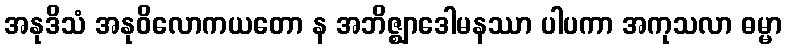
အနုဒိသံ အနုဝိလောကယတော န အဘိဇ္ဈာဒေါမနဿာ ပါပကာ အကုသလာ ဓမ္မာ